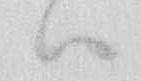
ハ